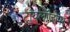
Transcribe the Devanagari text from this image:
ट्रायलॉजीपर